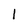
Character: l